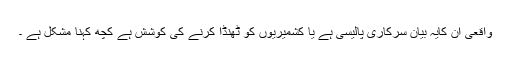
واقعی ان کایہ بیان سرکاری پالیسی ہے یا کشمیریوں کو ٹھنڈا کرنے کی کوشش ہے کچھ کہنا مشکل ہے ۔